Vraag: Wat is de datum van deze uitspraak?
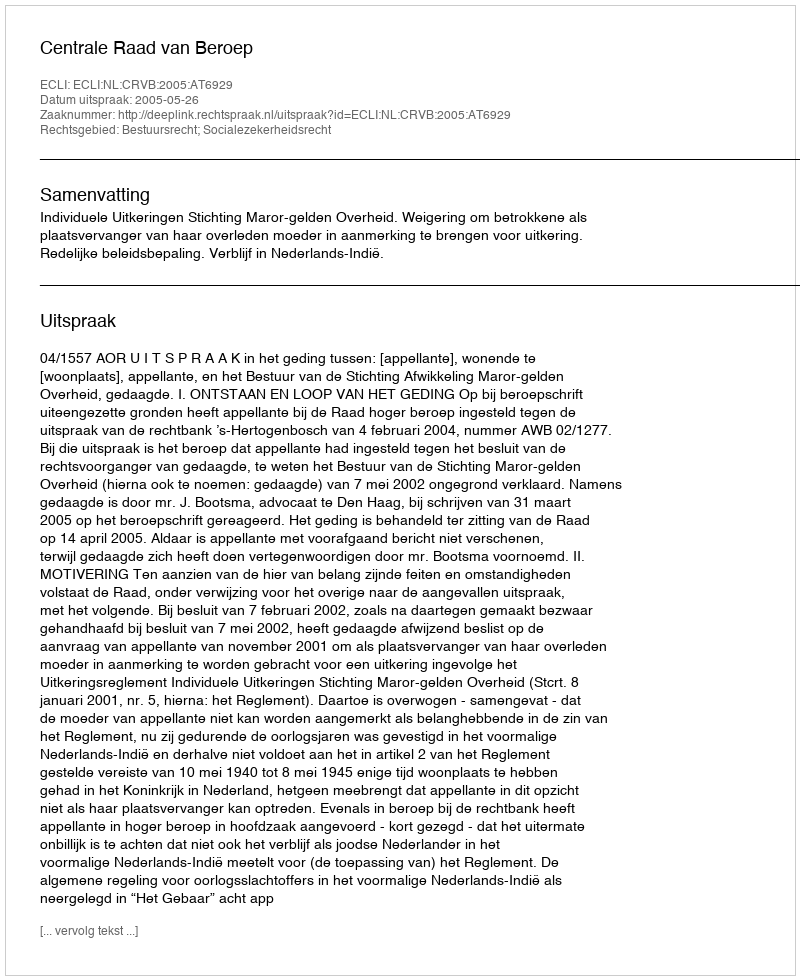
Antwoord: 2005-05-26